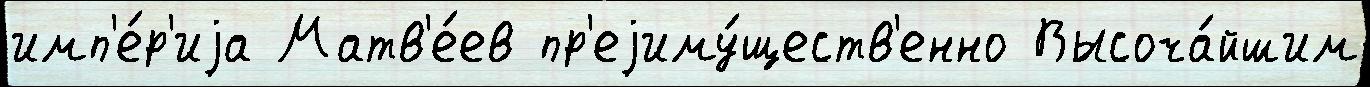
имп'е́р'иjа Матв'е́ев пр'еjиму́ществ'енно Высоча́йшим